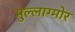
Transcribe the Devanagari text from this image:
मुल्लाग्मोर